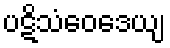
ပဋိသံဝေဒေယျ